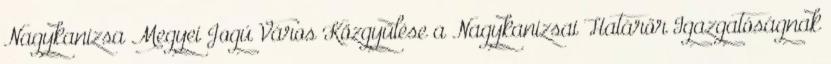
Nagykanizsa Megyei Jogú Város Közgyűlése a Nagykanizsai Határőr Igazgatóságnak